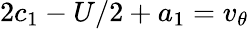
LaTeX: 2c_{1}-U/2+a_{1}=v_{\theta}